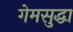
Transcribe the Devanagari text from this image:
गेमसुद्धा